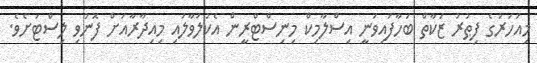
މިއަހަރުގެ ފިޠުރު ޒަކާތް ބަހާފައިވަނީ އިސްލާމިކް މިނިސްޓްރީން އެކުލަވާލައި މިއިދާރާއަށް ފޮނުވި ލިސްޓަށެވެ.